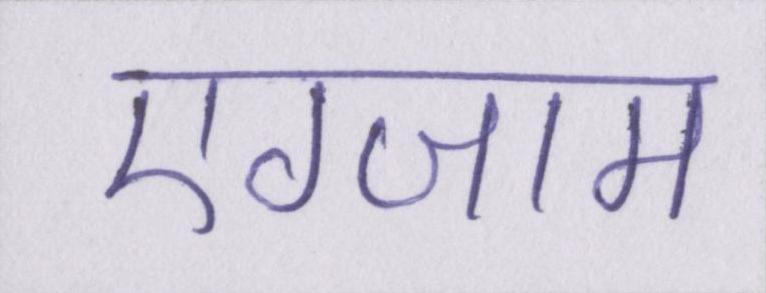
एग्जाम